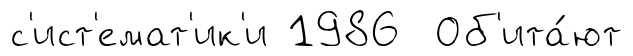
с'ист'емат'ик'и 1986 Об'ита́ют